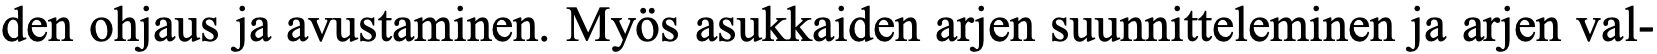
den ohjaus ja avustaminen. Myös asukkaiden arjen suunnitteleminen ja arjen val-